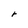
Character: r